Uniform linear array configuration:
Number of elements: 8
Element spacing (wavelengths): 0.25
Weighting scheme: uniform
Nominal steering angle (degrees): -60
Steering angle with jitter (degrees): -61.747
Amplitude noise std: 0.05
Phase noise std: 0.05

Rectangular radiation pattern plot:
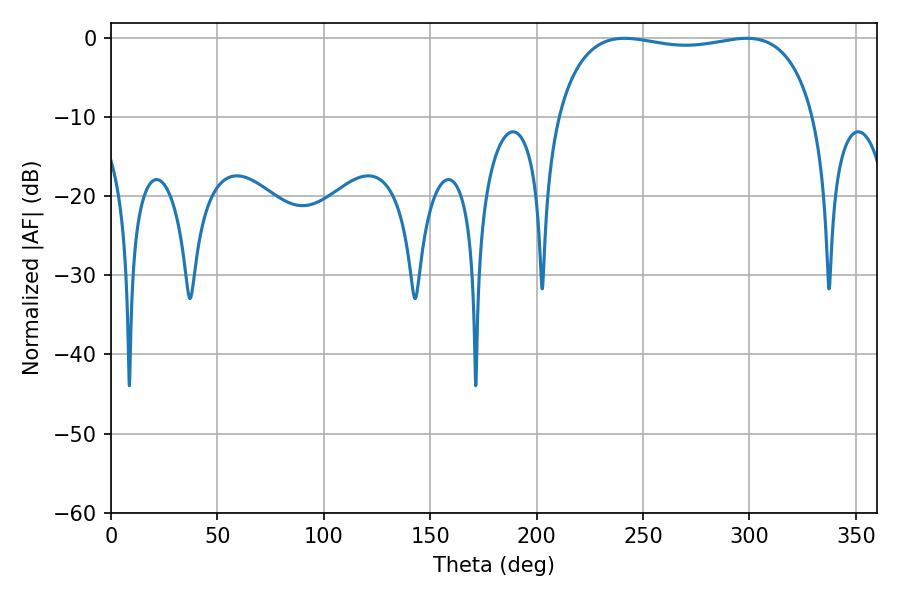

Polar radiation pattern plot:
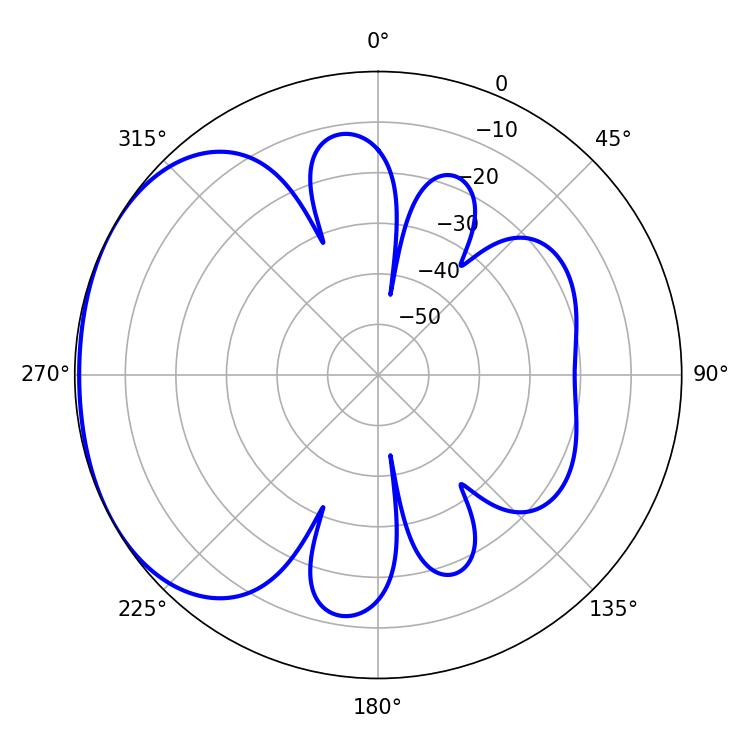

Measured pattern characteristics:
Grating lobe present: FALSE
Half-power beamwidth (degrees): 97.92
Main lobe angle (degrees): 241.2